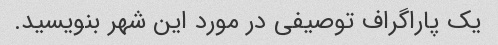
یک پاراگراف توصیفی در مورد این شهر بنویسید.